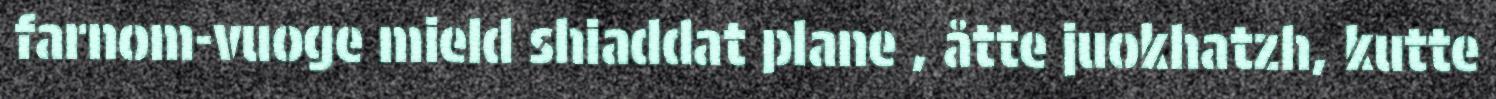
farnom-vuoge mield shiaddat plane , åtte juokhatzh, kutte